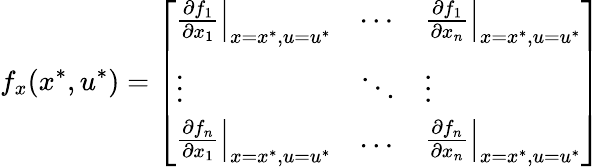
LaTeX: f_{x}(x^{*},u^{*})={\left[\begin{array}{lll}{\left.{\frac{\partial f_{1}}{\partial x_{1}}}\right|_{x=x^{*},u=u^{*}}}&{\cdots}&{\left.{\frac{\partial f_{1}}{\partial x_{n}}}\right|_{x=x^{*},u=u^{*}}}\\ {\vdots}&{\ddots}&{\vdots}\\ {\left.{\frac{\partial f_{n}}{\partial x_{1}}}\right|_{x=x^{*},u=u^{*}}}&{\ldots}&{\left.{\frac{\partial f_{n}}{\partial x_{n}}}\right|_{x=x^{*},u=u^{*}}}\end{array}\right]}